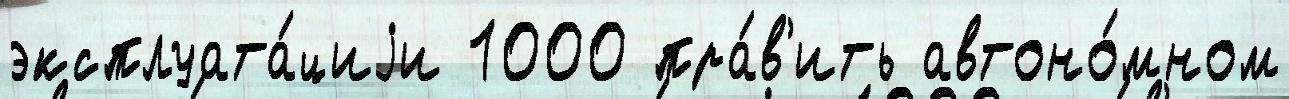
эксплуата́циjи 1000 пра́в'ить автоно́мном